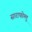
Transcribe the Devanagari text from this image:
साराफोग्लू